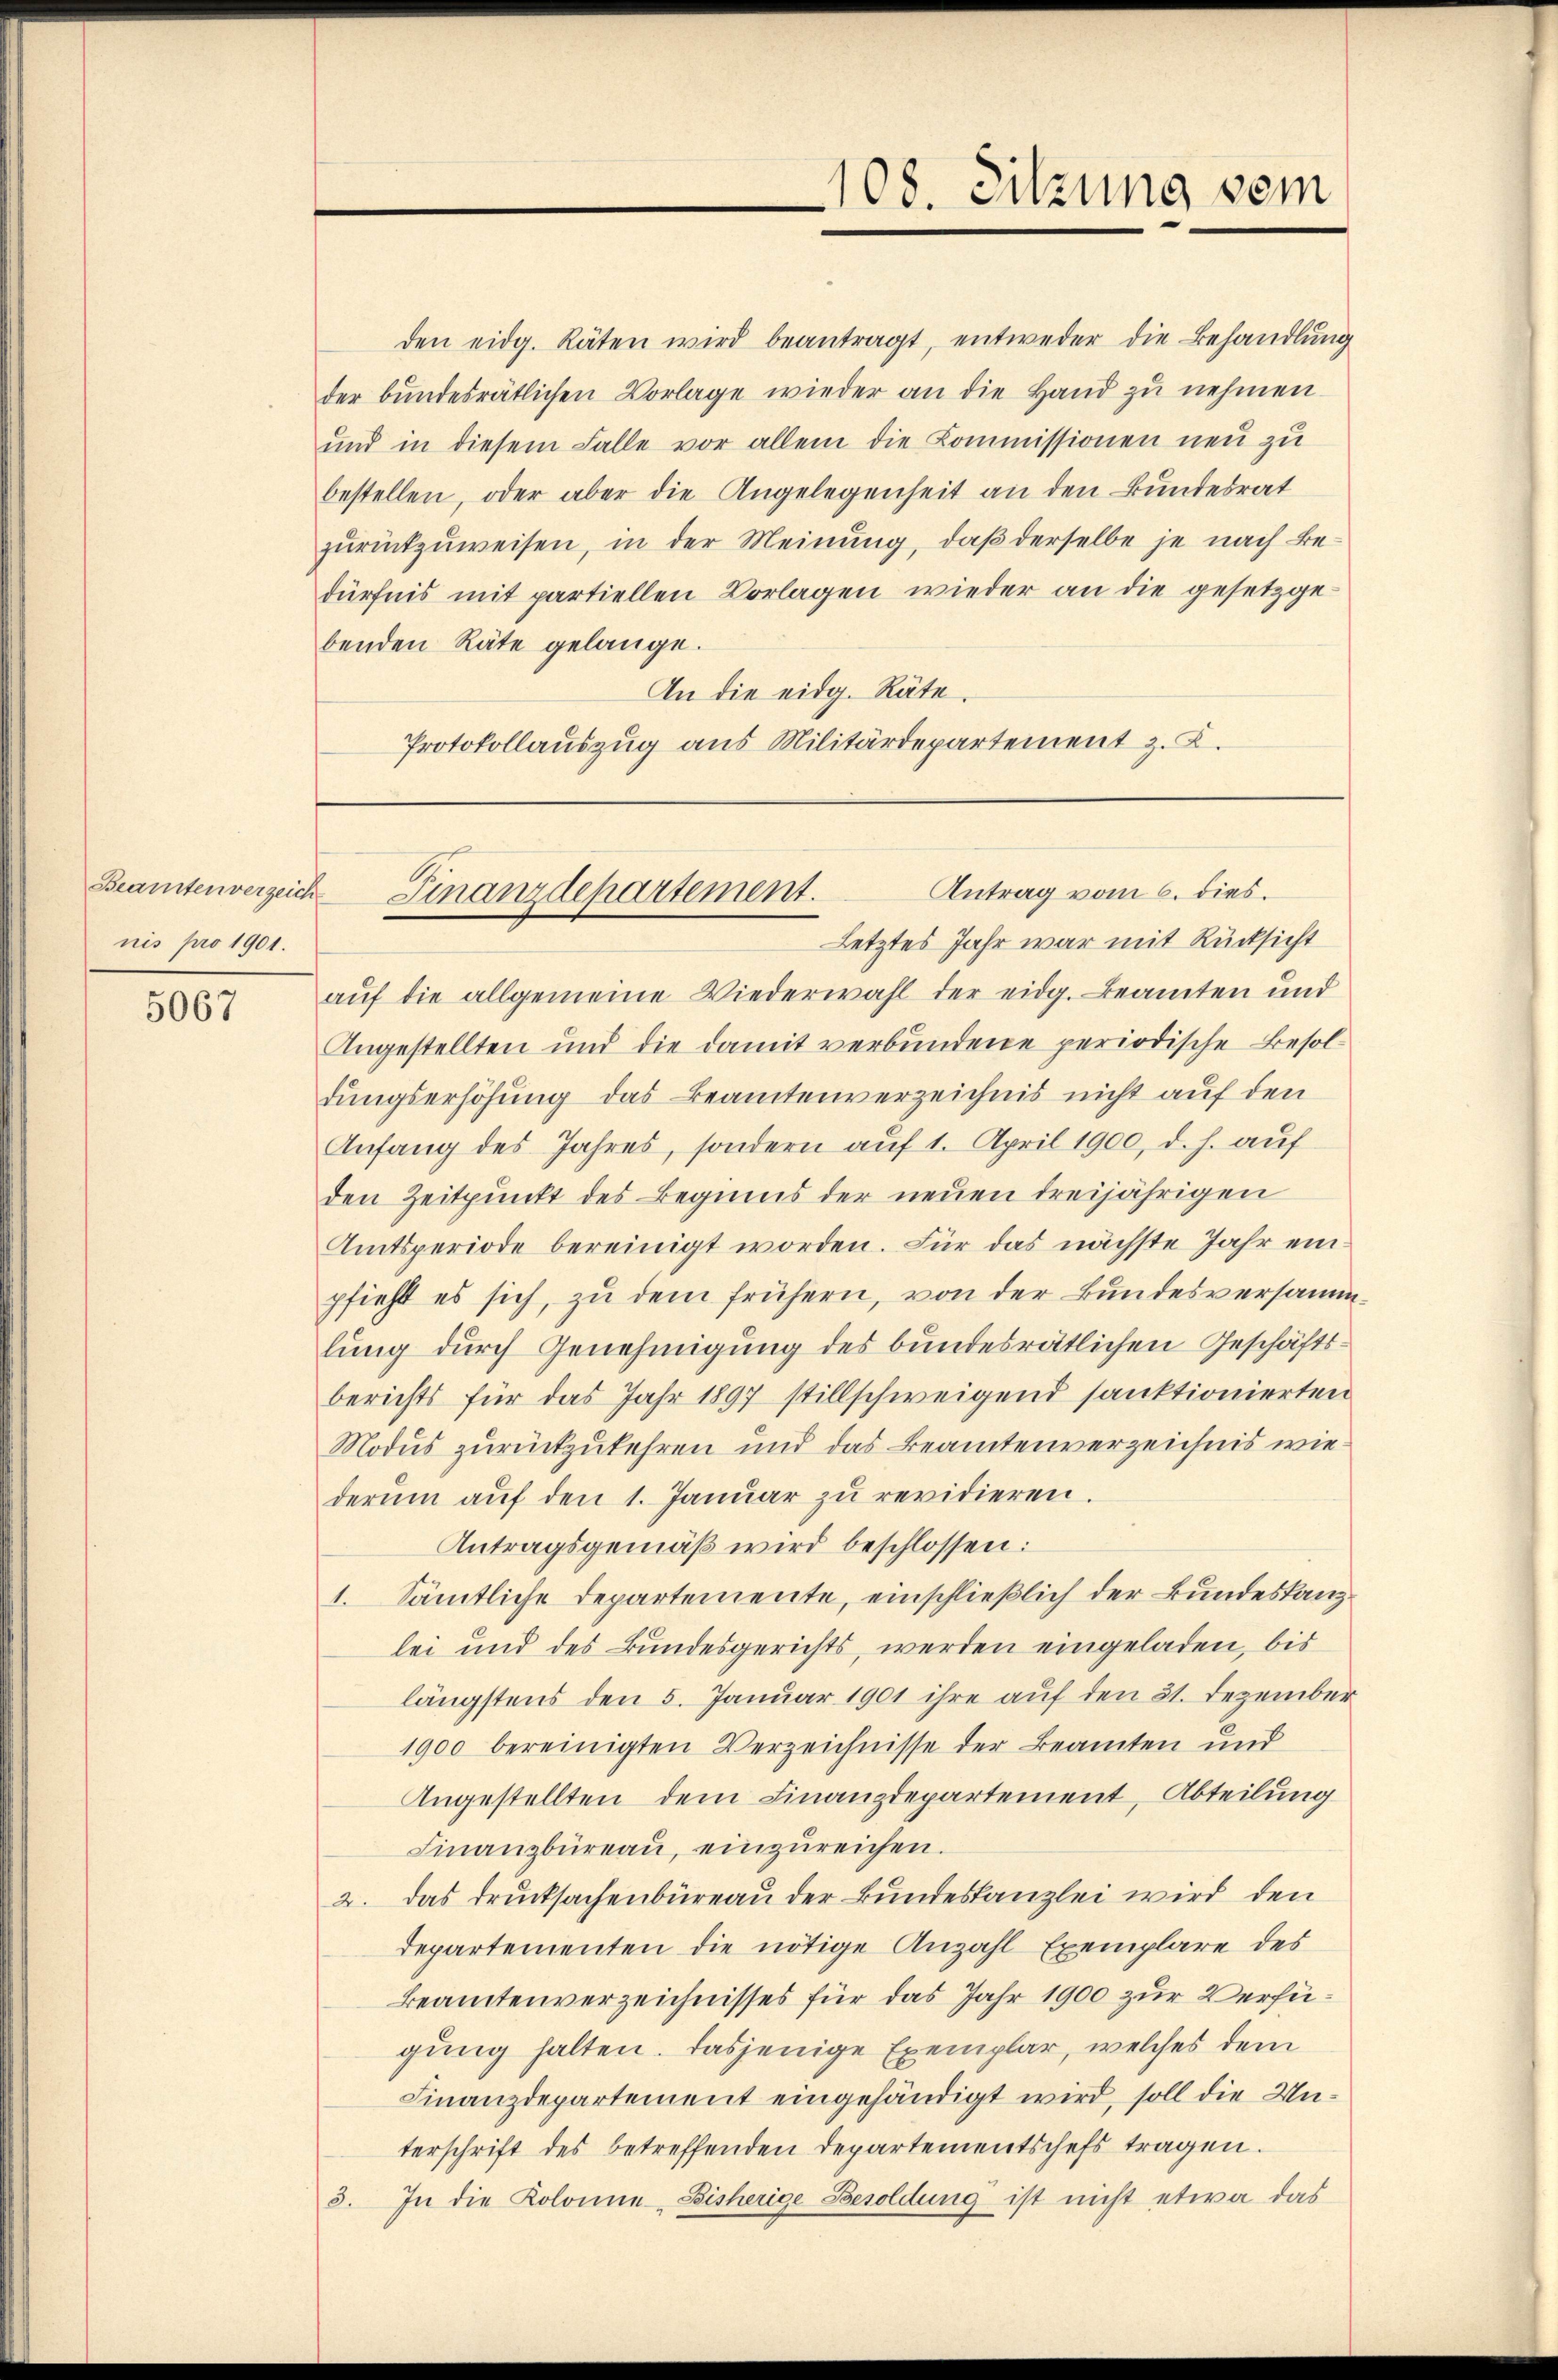
Beamtenverzeich
nis pro 1901.

5067

den eidg. Räten wird beantragt, entweder die Behandlung
der bundesrätlichen Vorlage wieder an die Hand zu nehmen
und in diesem Falle vor allem die Kommissionen neu zu
bestellen, oder aber die Angelegenheit an den Bundesrat
zŭrückzuweisen, in der Meinung, daß derselbe je nach Be-
dürfnis mit partiellen Vorlagen wieder an die gesetzgebenden Räte gelange.
An die eidg. Räte.
Protokollauszug aus Militärdepartement z. B.

108. Sitzung vom

Antrag vom 6. dies
Finanzdepartement.

Letztes Jahr war mit Rücksicht
auf die allgemeine Wiederwahl der eidg. Beamten und
Angestellten und die damit verbundene periodische Besoldungserhöhung das Beamtenverzeichnis nicht auf den
Anfang des Jahres, sondern auf 1. April 1900, d. h. auf
den Zeitpunkt des Beginns der neuen dreijährigen
Amtsperiode bereinigt worden. Für das nächste Jahr einpfieht es sich, zu dem frühern, von der Bundesversamm
lung durch Genehmigung des bundesrätlichen Geschäftsberichts für das Jahr 1897 stillschweigend sanktionierten
Modus zurückzukehren und das Beamtenverzeichnis wie
derŭm aŭf den 1. Januar zŭ revidieren.
Antragsgemäß wird beschlossen:
1. Sämtliche Departemente, einschließlich der Bundeskanzlei und des Bundesgerichts, werden eingeladen, bis
längstens den 5. Januar 1901 ihre auf den 31. Dezember
1900 bereinigten Verzeichnisse der Beamten und
Angestellten dem Finanzdepartement, Abteilung
Finanzbüreaŭ, einzŭreichen.
2. Das Drucksachenbüreau der Bundeskanzlei wird den
Departementen die nötige Anzahl Exemplare des
Beamtenverzeichnisses für das Jahr 1900 zur Verfügung halten. Dasjenige Exemplar, welches dem
Finanzdepartement eingehändigt wird, soll die Unterschrift des betreffenden Departementschefs tragen.
3. In die Kolonne-Bisherige Besoldung ist nicht etwa das